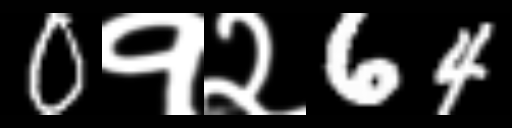
Text: 0१२64